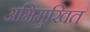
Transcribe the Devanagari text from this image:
अभिमुखित